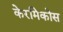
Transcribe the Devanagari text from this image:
केरमिकोस